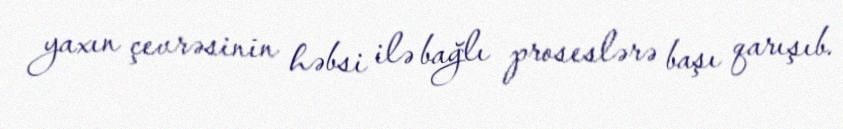
yaxın çevrəsinin həbsi ilə bağlı proseslərə başı qarışıb.